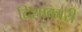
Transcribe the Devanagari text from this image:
दिशाकारी